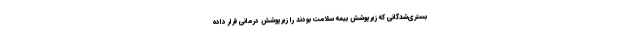
بستری‌شدگانی که زیرپوشش بیمه سلامت بودند را زیرپوشش درمانی قرار داده